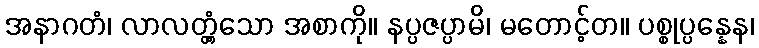
အနာဂတံ၊ လာလတ္တံ့သော အစာကို။ နပ္ပဇပ္ပာမိ၊ မတောင့်တ။ ပစ္စုပ္ပန္နေန၊